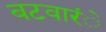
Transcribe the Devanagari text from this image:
बटवारंे